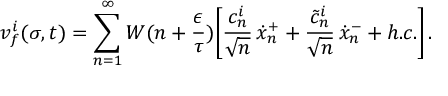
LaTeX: v _ { f } ^ { i } ( \sigma , t ) = \sum _ { n = 1 } ^ { \infty } W ( n + \frac { \epsilon } { \tau } ) \Biggl [ \frac { c _ { n } ^ { i } } { \sqrt { n } } \, \dot { x } _ { n } ^ { + } + \frac { \tilde { c } _ { n } ^ { i } } { \sqrt { n } } \, \dot { x } _ { n } ^ { - } + h . c . \Biggr ] \, .